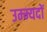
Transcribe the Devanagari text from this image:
उम्म्यदों